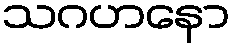
သဂဟနော